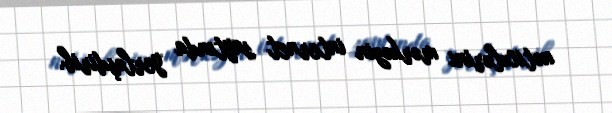
nəticələrini mərkəzin internet saytında yerləşdirib.